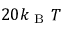
2 0 k _ { \mathrm { ~ B ~ } } T